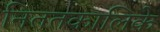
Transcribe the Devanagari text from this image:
निततकालिके